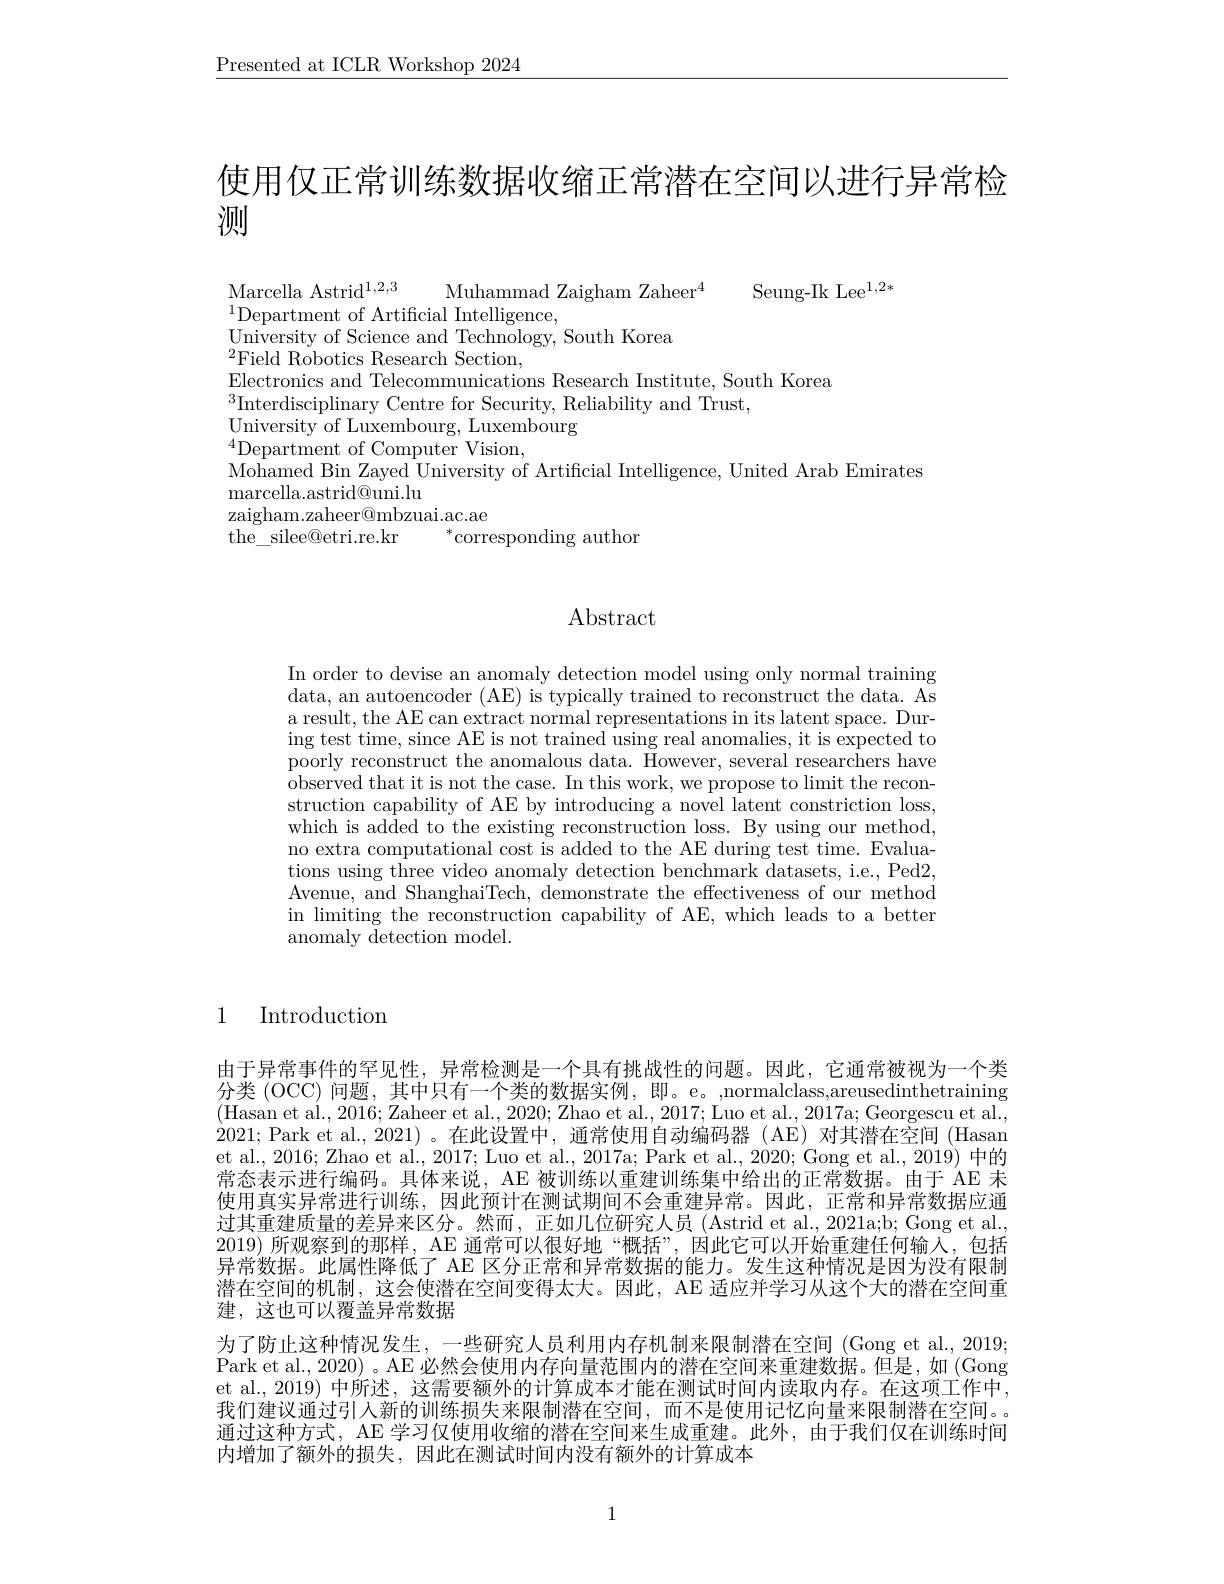
$\underline{\mathrm{Presented~at~ICLR~Workshop~2024}}$

使用仅正常训练数据收缩正常潜在空间以进行异常检

测

Marcella Astrid$^1,2,3$
Seung-Ik Lee$^{1,2*}$
Muhammad Zaigham Zaheer$^4$
$^{1}$Department of Artificial Intelligence,
University of Science and Technology, South Korea
${}^{2}$Field Robotics Research Section,
Electronics and Telecommunications Research Institute, South Korea
$^{3}$Interdisciplinary Centre for Security, Reliability and Trust,
University of Luxembourg, Luxembourg
$^{4}$Department of Computer Vision,
Mohamed Bin Zayed University of Artificial Intelligence, United Arab Emirates
${\mathrm{marcella.astrid@uni.lu}}$
zaigham.zaheer@mbzuai.ac.ae
the\_ silee@etri.re.kr
$^*$corresponding author

# Abstract

In order to devise an anomaly detection model using only normal training data, an autoencoder (AE) is typically trained to reconstruct the data. As a result, the AE can extract normal representations in its latent space. During test time, since AE is not trained using real anomalies, it is expected to poorly reconstruct the anomalous data. However, several researchers have observed that it is not the case. In this work, we propose to limit the reconstruction capability of AE by introducing a novel latent constriction loss which is added to the existing reconstruction loss. By using our method, no extra computational cost is added to the AE during test time. Evaluations using three video anomaly detection benchmark datasets, i.e., Ped2, Avenue, and ShanghaiTech, demonstrate the effectiveness of our method in limiting the reconstruction capability of AE, which leads to a better anomaly detection model.

### 1 Introduction

由于异常事件的罕见性，异常检测是一个具有挑战性的问题。因此，它通常被视为一个类分类 (OCC) 问题，其中只有一个类的数据实例，即。e。,normalclass,areusedinthetraining (Hasan et al., 2016; Zaheer et al., 2020; Zhao et al., 2017; Luo et al., 2017a; Georgescu et al., 2021; Park et al., 2021) 。在此设置中，通常使用自动编码器 (AE) 对其潜在空间 (Hasan et al., 2016; Zhao et al., 2017; Luo et al., 2017a; Park et al., 2020; Gong et al., 2019) 中的常态表示进行编码。具体来说，AE 被训练以重建训练集中给出的正常数据。由于 AE 未使用真实异常进行训练，因此预计在测试期间不会重建异常。因此，正常和异常数据应通过其重建质量的差异来区分。然而，正如几位研究人员(Astrid et al.,2021a;b; Gong et al., 2019)所观察到的那样，AE 通常可以很好地 “概括”,因此它可以开始重建任何输入，包括异常数据。此属性降低了 AE 区分正常和异常数据的能力。发生这种情况是因为没有限制潜在空间的机制，这会使潜在空间变得太大。因此，AE 适应并学习从这个大的潜在空间重建，这也可以覆盖异常数据
为了防止这种情况发生，一些研究人员利用内存机制来限制潜在空间(Gong et al., 2019; Park et al., 2020) 。AE 必然会使用内存向量范围内的潜在空间来重建数据。但是，如 (Gong et al.,2019) 中所述，这需要额外的计算成本才能在测试时间内读取内存。在这项工作中， 我们建议通过引入新的训练损失来限制潜在空间，而不是使用记忆向量来限制潜在空间。通过这种方式，AE 学习仅使用收缩的潜在空间来生成重建。此外，由于我们仅在训练时间内增加了额外的损失，因此在测试时间内没有额外的计算成本

1